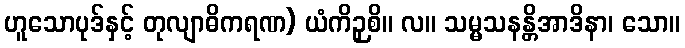
ဟူသောပုဒ်နှင့် တုလျာဓိကရဏ) ယံကိဉှစိ။ လ။ သမ္မသနန္တိအာဒိနာ၊ သော။